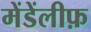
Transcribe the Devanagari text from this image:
मेंडेंलीफ़